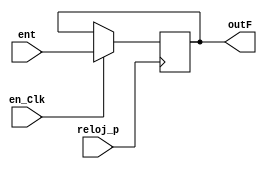
`timescale 1ns / 1ps

module FFDtime(
    input reloj_p, 
    input en_Clk,
    input ent,
    output reg outF=0
    );
    
    always @ (posedge reloj_p) begin
    if (en_Clk==1)
        outF <= ent;   
    end
    
endmodule